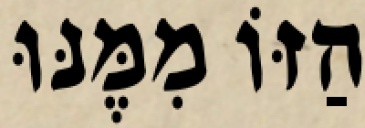
הַזּוֹ מִמֶּנּוּ